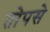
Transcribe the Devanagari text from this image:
तोपसे